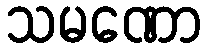
သမဏော